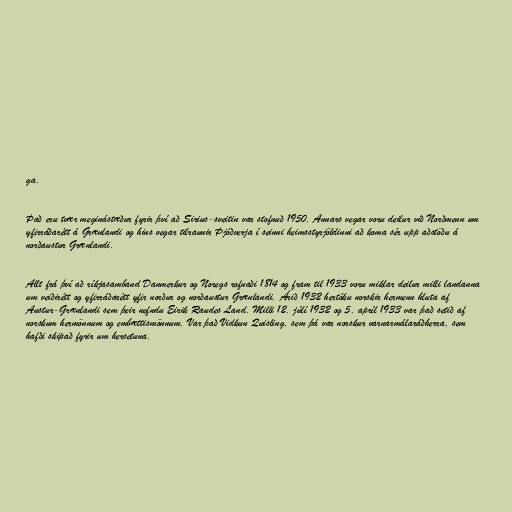
ga.

Það eru tvær meginástæður fyrir því að Sirius-sveitin var stofnuð 1950. Annars vegar voru deilur við Norðmenn um
yfirráðarétt á Grænlandi og hins vegar tilraunir Þjóðverja í seinni heimsstyrjöldinni að koma sér upp aðstöðu á
norðaustur Grænlandi.

Allt frá því að ríkjasamband Danmerkur og Noregs rofnaði 1814 og fram til 1933 voru miklar deilur milli landanna
um veiðirétt og yfirráðarétt yfir norður og norðaustur Grænlandi. Árið 1932 hertóku norskir hermenn hluta af
Austur-Grænlandi sem þeir nefndu Eirik Raudes Land. Milli 12. júlí 1932 og 5. apríl 1933 var það setið af
norskum hermönnum og embættismönnum. Var það Vidkun Quisling, sem þá var norskur varnarmálaráðherra, sem
hafði skipað fyrir um hersetuna.